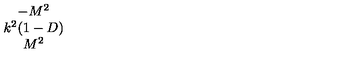
\begin{array} { c } { - M ^ { 2 } } \\ { k ^ { 2 } ( 1 - D ) } \\ { M ^ { 2 } } \\ \end{array}